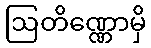
ဩတိဏ္ဏောမှိ